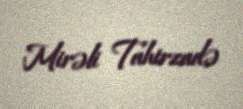
Mirəli Tahirzadə